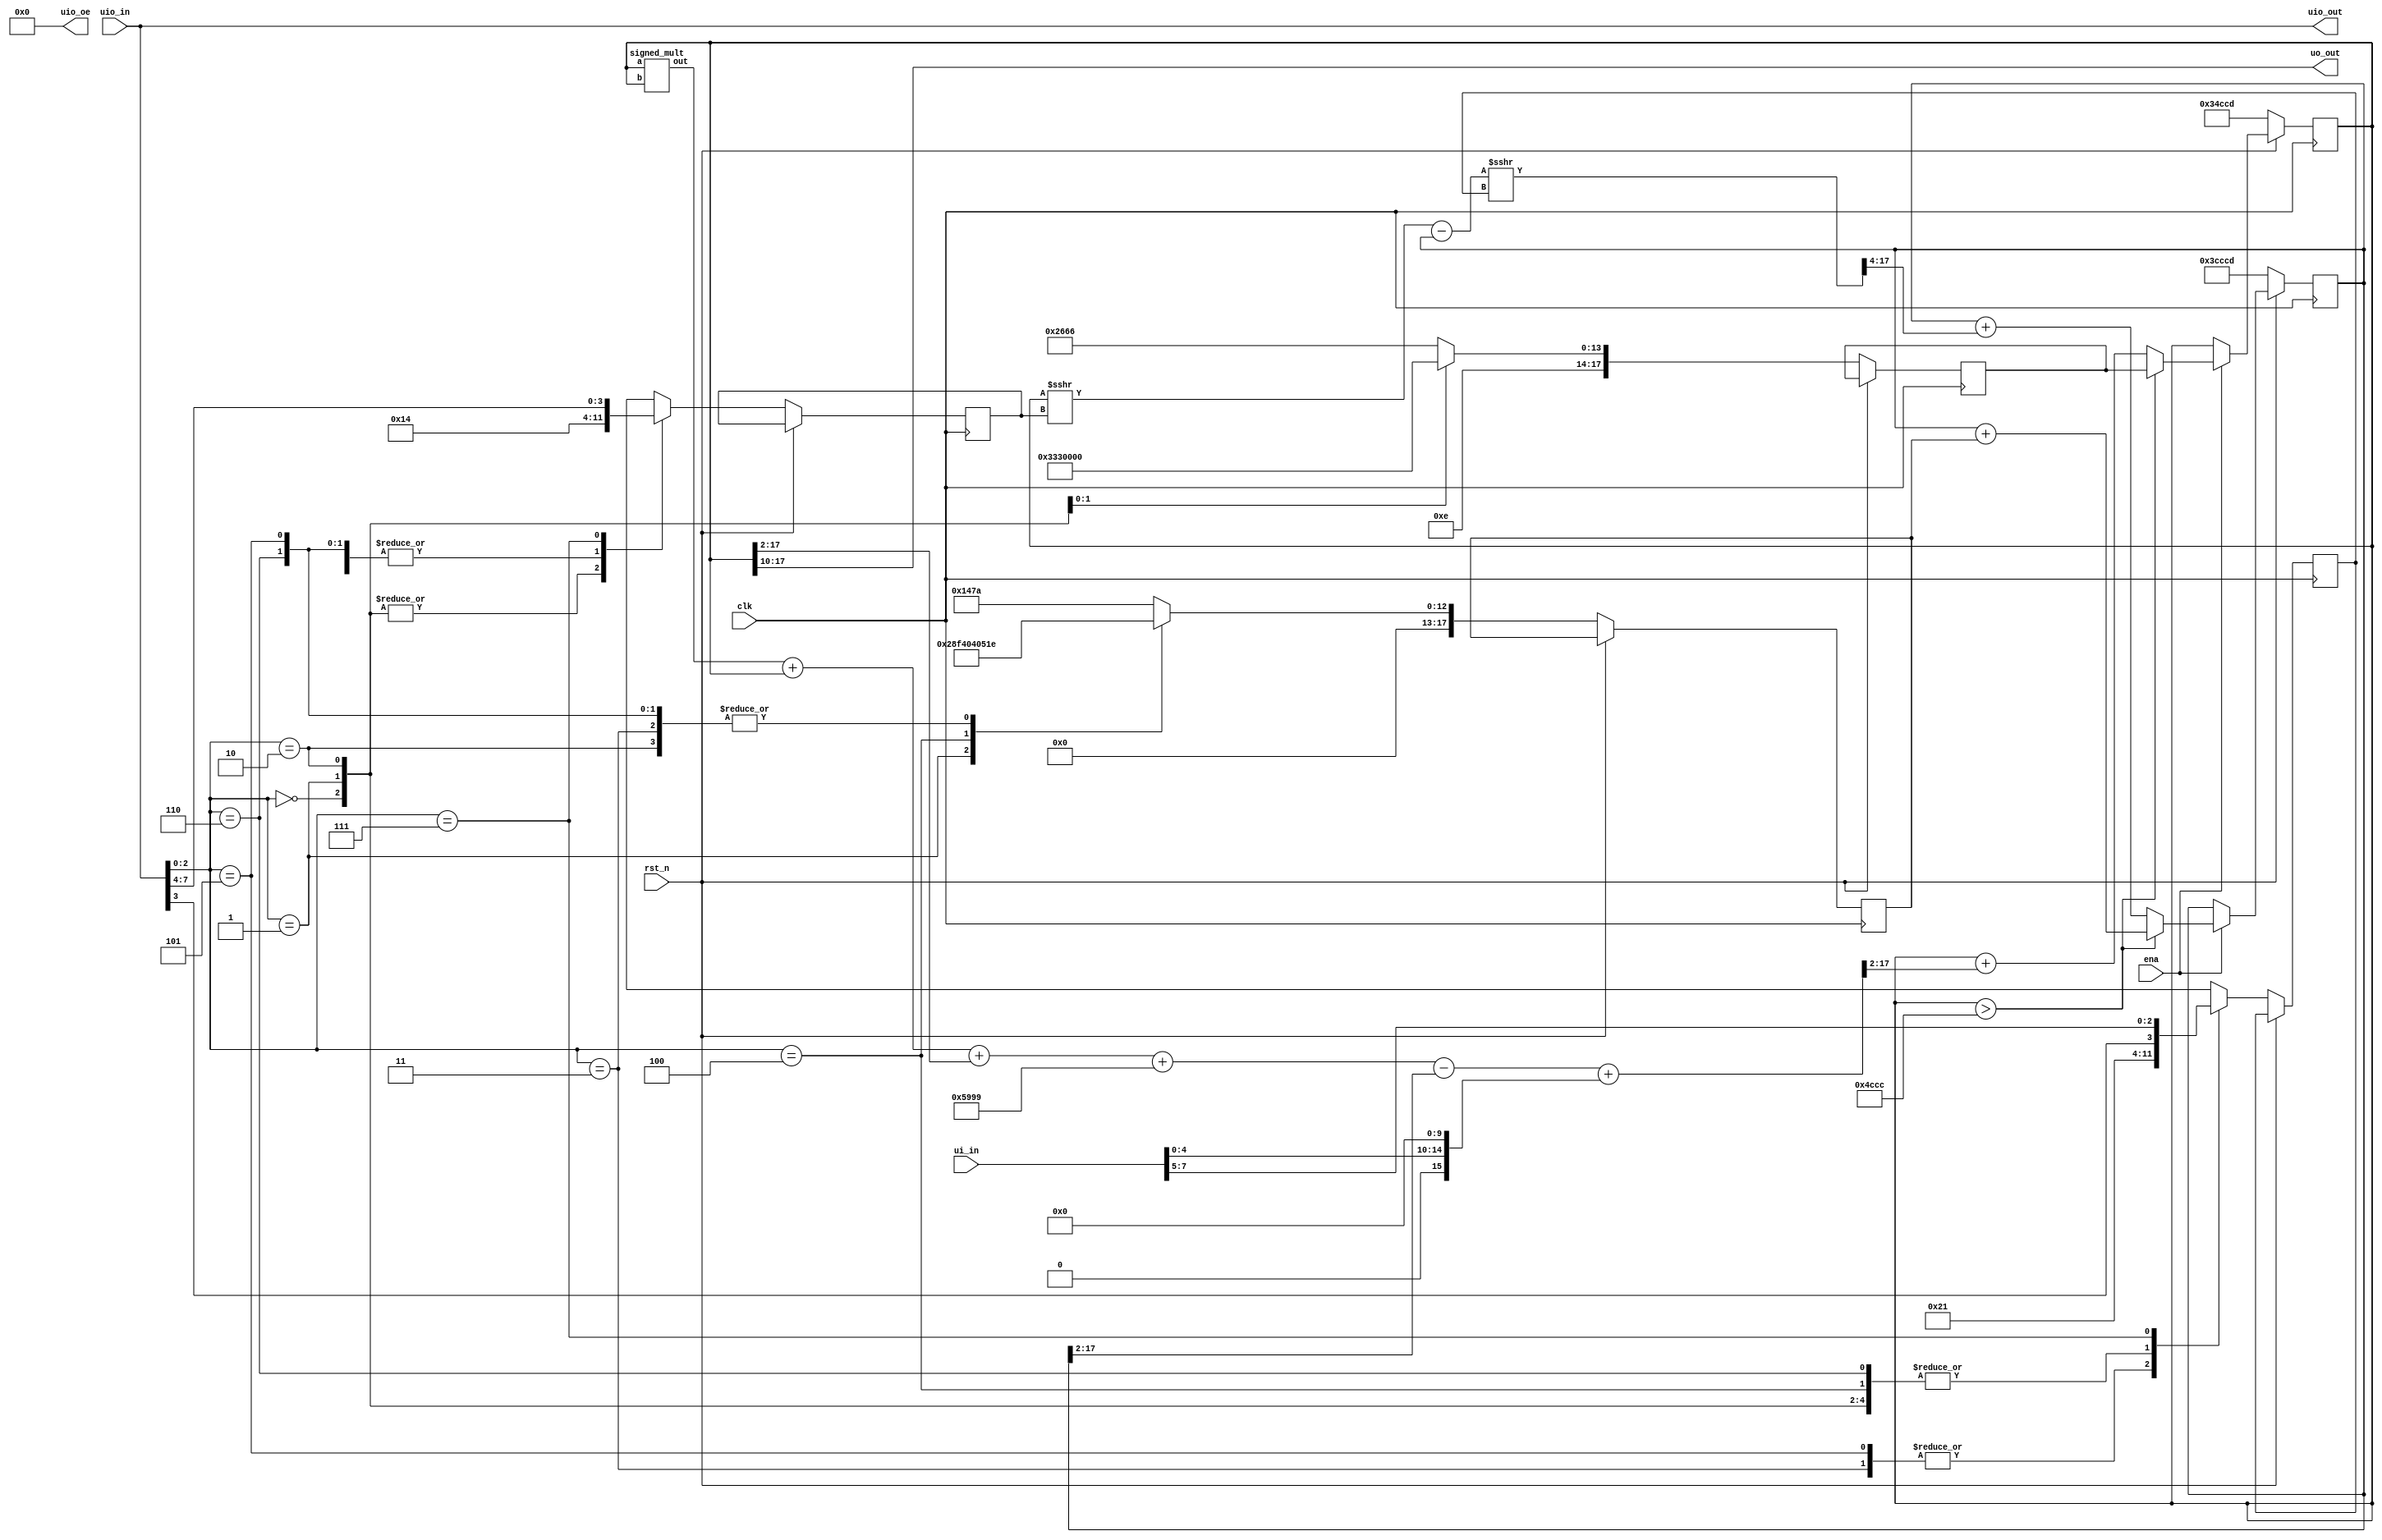
/*
 * Copyright (c) 2024 Dmitri Lyalikov
 * SPDX-License-Identifier: Apache-2.0
 */

`define default_netname none

  /** 
    | Behavior                    | A   | B    | C   | D   |
    | --------------------------- | --- | ---- | --- | --- |
   0| RS (Regular Spiking)        | .02 | .02  | -65 | 8   |
   1| IB (Intrinsically Bursting) | .02 | .02  | -55 | 4   |
   2| CH (Chattering)             | .02 | .02  | -50 | 2   |
   3| FS (Fast Spiking)           | 0.1 | 0.2  | -65 | 2   |
   4| TC (Thalamo-Cortical)       | .02 | 0.25 | -65 | .05 |
   5| RZ (Resonator)              | 0.1 | 0.25 | -65 | 2   |
   6| LTS (Low Threshold Spiking) | .02 | 0.25 | -65 | 2   |
  */

// Top Level Module
module tt_um_exai_izhikevich_neuron (
    input  wire [7:0] ui_in,    // Dedicated inputs
    output wire [7:0] uo_out,   // Dedicated outputs
    input  wire [7:0] uio_in,   // IOs: Input path
    output wire [7:0] uio_out,  // IOs: Output path
    output wire [7:0] uio_oe,   // IOs: Enable path (active high: 0=input, 1=output)
    input  wire       ena,      // will go high when the design is enabled
    input  wire       clk,      // clock
    input  wire       rst_n     // reset_n - low to reset
);
  assign uio_out = uio_in;      // We do not use second output pin, assign so Verilator doesn't yell at us
  assign uio_oe  = 0;           // Config uio_in output enable to 0: Input mode
  
  reg         [3:0]  a, b;         
  reg  signed [17:0] v1, u1;
  wire signed [17:0] u1reset, v1new, u1new, du1;
  wire signed [17:0] v1xv1, v1xb;
  wire signed [17:0] p, c14;
  reg  signed [17:0] c, d;
  wire signed [17:0] I;  // uio_in[3:0];

  assign p = 18'sh0_4CCC;   // 30
  assign c14 = 18'sh1_6666; // 1.4

  // 8-bit signed integer precision of input current 
  assign I = {1'b0, ui_in[4:0], 12'h0}; 

  // Update logic 
  always @ (posedge clk)
  begin 
    if (!rst_n)          // Reset state
    begin
      v1 <= 18'sh3_4CCD;     // -0.7v 
      u1 <= 18'sh3_CCCD;     // -0.2
      a <= 1;                // .02
      b <= 1;                // .02             
      c <= 18'sh3_A666;      // -.065
      d <= 18'sh0_147A;      // .08
      // Switch case for different neuron types
      case (uio_in[2:0])
        // RS (Regular Spiking) a = 0.02, b = 0.02, c = -.065, d = .08
        3'b000: begin
          a <= 1;            // .02
          b <= 1;            // .02             
          c <= 18'sh3_A666;  // -.065
          d <= 18'sh0_147A;  // .08
        end 
        // IB (Intrinsically Bursting) a = 0.02, b = 0.02, c = -.055, d = .04
        3'b001: begin
          a <= 1;            // .02
          b <= 1;            // .02             
          c <= 18'sh3_8CCC;  // -.055
          d <= 18'sh0_0A3D;  // .04
        end
        // CH (Chattering) a = 0.02, b = 0.02, c = -.050, d = .02
        3'b010: begin
          a <= 1;            // .02
          b <= 1;            // .02             
          c <= 18'sh3_8000;  // -.050
          d <= 18'sh0_051E;  // .02
        end
        // FS (Fast Spiking) a = 0.1, b = 0.2, c = -.065, d = .02
        3'b011: begin
          a <= 2;            // .1
          b <= 4;            // .2             
          c <= 18'sh3_A666;  // -.065
          d <= 18'sh0_051E;  // .02
        end
        // TC (Thalamo-Cortical) a = 0.02, b = 0.25, c = -.065, d = .05
        3'b100: begin
          a <= 1;            // .02
          b <= 4;            // .25             
          c <= 18'sh3_A666;  // -.065
          d <= 18'sh0_0020;  // .05
        end
        // RZ (Resonator) a = 0.1, b = 0.25, c = -.065, d = .02
        3'b101: begin
          a <= 2;            // .1
          b <= 4;            // .25             
          c <= 18'sh3_A666;  // -.065
          d <= 18'sh0_051E;  // .02
        end
        // LTS (Low Threshold Spiking) a = 0.02, b = 0.25, c = -.065, d = .02
        3'b110: begin
          a <= 1;            // .02
          b <= 4;            // .25             
          c <= 18'sh3_A666;  // -.065
          d <= 18'sh0_051E;  // .02
        end
        3'b111: begin
          a <= {uio_in[3], ui_in[7:5]};
          b <= uio_in[7:4];
        end
        default: begin
          a <= 1;           // .02
          b <= 1;           // .02             
          c <= 18'sh3_A666; // -.065
          d <= 18'sh0_147A; // .08
        end
    endcase
    end
    else
    if (ena)
    begin
      if ((v1 > p))      // This is a spike above threshold (30mv)
      begin
        v1 <= c;
        u1 <= u1reset;
      end
      else
      begin             
        v1 <= v1new;
        u1 <= u1new;
      end
    end
  end
  // Push out signed 8-bit integer to output pin (membrane voltage)
  assign uo_out = v1[17:10]; 

	// v1(n+1) = v1(n) + (v1(n)^2) + 5/4*v1(n) +1.40/4 - u1(n)/4 + I/4)/4
	signed_mult v1sq(v1xv1, v1, v1);
	assign v1new = v1 + ((v1xv1 + v1+(v1>>>2) + (c14>>>2) - (u1>>>2) + (I>>>2))>>>2);
	
	// u1(n+1) = u1 + dt*a*(b*v1(n) - u1(n))
	assign v1xb = v1>>>b;         //mult (v1xb, v1, b);
	assign du1 = (v1xb-u1)>>>a ;  //mult (du1, (v1xb-u1), a);
	assign u1new = u1 + (du1>>>4) ; 
	assign u1reset = u1 + d ;
  
endmodule


// signed mult of 2.16 format 2'comp
module signed_mult (out, a, b);

	output 		[17:0]	out;
	input 	signed	[17:0] 	a;
	input 	signed	[17:0] 	b;
	
	wire	signed	[17:0]	out;
  /* verilator lint_off UNUSEDSIGNAL */
	wire 	signed	[35:0]	mult_out;

  // Remove linter warning of unused bits
	assign mult_out = a * b;
	//assign out = mult_out[33:17];
	assign out = {mult_out[35], mult_out[32:16]};
endmodule